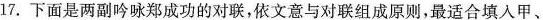
17.下面是两副吟咏郑成功的对联，依文意与对联组成原则，最适合填入甲、